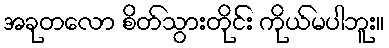
အခုတလော စိတ်သွားတိုင်း ကိုယ်မပါဘူး။